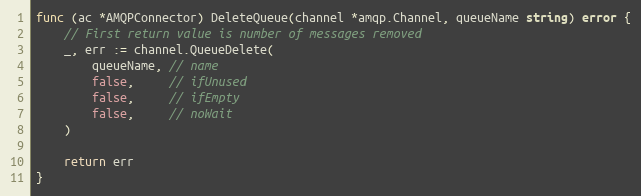
Language: Go
func (ac *AMQPConnector) DeleteQueue(channel *amqp.Channel, queueName string) error {
	// First return value is number of messages removed
	_, err := channel.QueueDelete(
		queueName, // name
		false,     // ifUnused
		false,     // ifEmpty
		false,     // noWait
	)

	return err
}